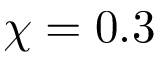
\chi = 0 . 3